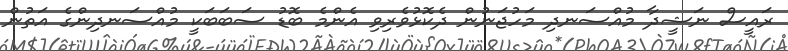
ރައީސް ނަޝީދާ މުއްސަނދި މަހުޖަނުން ދެކޮޅުވެރިވި އެންމެ ބޮޑު ސަބަބަކީ މުއްސަނދިންގެ އަތުން